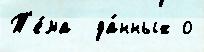
Т'е́ма  да́нных о